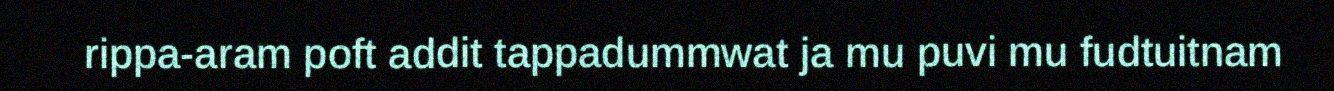
rippa-aram poft addit tappadummwat ja mu puvi mu fudtuitnam